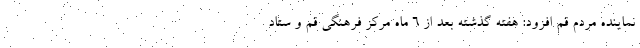
نماینده مردم قم افزود: هفته گذشته بعد از ۶ ماه مرکز فرهنگی قم و ستاد